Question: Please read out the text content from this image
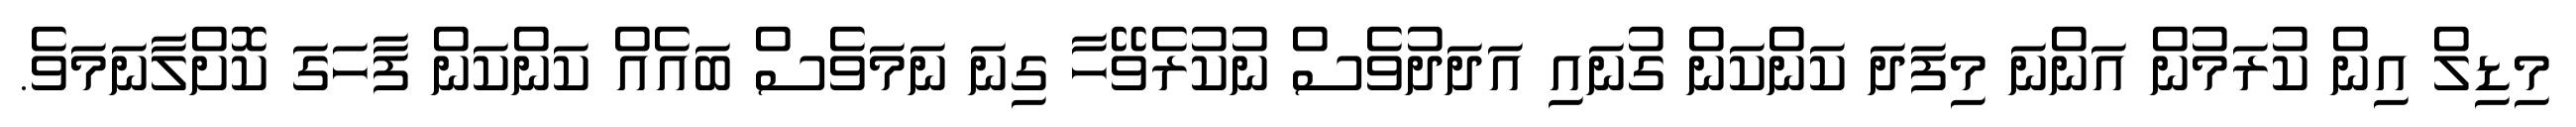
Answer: މިޑިލް އިން ކުރަމުން އަންނަ މިފަދަ ކަންކަން ގުނައި އަދަދުވެސް ނުކުރެވޭހާ ގިނަ ނަމަވެސް ބައެއް ކަންކަން ފާހަގަ ކޮށްލާނަމަވެ.